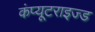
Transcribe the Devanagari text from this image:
कंप्यूटराइज्ड